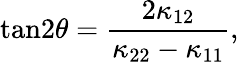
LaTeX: \mathrm{tan}2\theta={\frac{2\kappa_{12}}{\kappa_{22}-\kappa_{11}}},